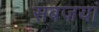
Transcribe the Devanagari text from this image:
सबज़यां